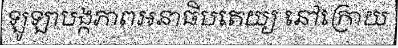
ឡូឡាបង្កភាពអនាធិបតេយ្យ នៅក្រោយ